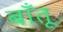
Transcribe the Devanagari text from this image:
बाँतू